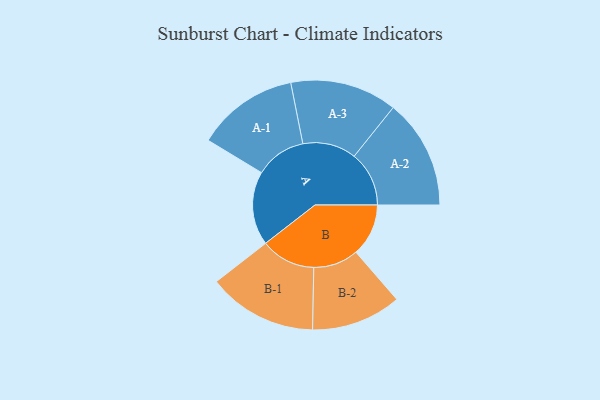
{"axis": {"x": "Segment", "y": "Value"}, "legend": ["", "A", "B"], "data": [{"x": "A", "y": 374, "type": ""}, {"x": "B", "y": 266, "type": ""}, {"x": "A-1", "y": 258, "type": "A"}, {"x": "A-2", "y": 278, "type": "A"}, {"x": "A-3", "y": 271, "type": "A"}, {"x": "B-1", "y": 277, "type": "B"}, {"x": "B-2", "y": 228, "type": "B"}]}